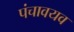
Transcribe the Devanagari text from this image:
पंचावयव